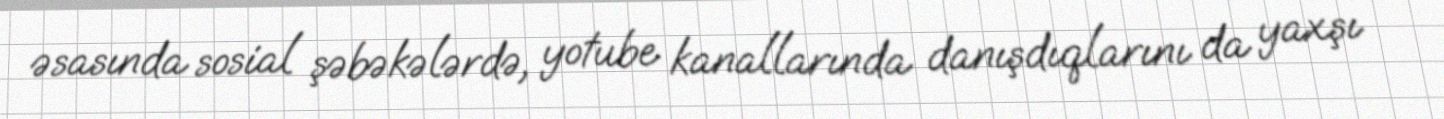
əsasında sosial şəbəkələrdə, yotube kanallarında danışdıqlarını da yaxşı